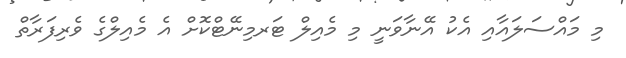
މި މައްސަލައާއި އެކު އޭނާވަނީ މި މެއިލް ޓަރމިނޭޓްކޮށް އެ މެއިލްގެ ވެރިފަރާތް